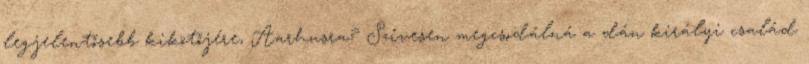
legjelentősebb kikötőjére, Aarhusra? Szívesen megcsodálná a dán királyi család